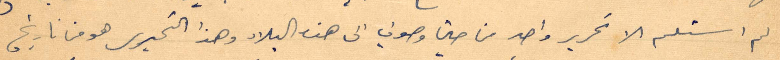
لم استلم الا تحرير واحد من حين وصولي الى هذه البلاد وهذا التحرير هو من تاريخ